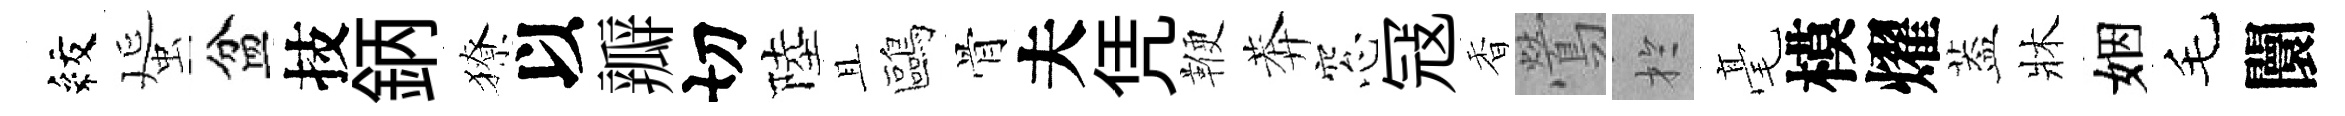
紋蜑盆技鈵獠以瓣切陸且鷗骨夫凭鞭莾窓冦香鶯扵毫模燿葢牀姻毛闤